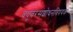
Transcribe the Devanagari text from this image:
वधुवरसंशोधनविषयक